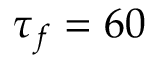
\tau _ { f } = 6 0